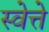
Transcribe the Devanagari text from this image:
स्वेत्ते